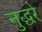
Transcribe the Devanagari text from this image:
नुद्धरे